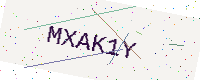
Text: MXAK1Y